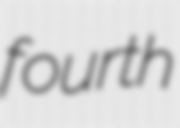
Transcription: fourth